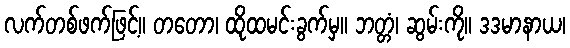
လက်တစ်ဖက်ဖြင့်။ တတော၊ ထိုထမင်းခွက်မှ။ ဘတ္တံ၊ ဆွမ်းကို။ ဒဒမာနာယ၊